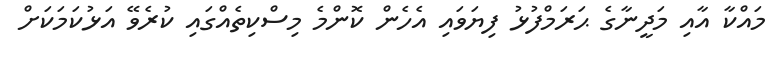
މައްކާ އާއި މަދީނާގެ ޙަރަމްފުޅު ފިޔަވައި އެހެން ކޮންމެ މިސްކިތެއްގައި ކުރެވޭ އަޅުކަމަކަށް